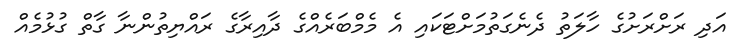
އަދި ރަށްރަށުގެ ހާލަތު ދެނެގަތުމަށްޓަކައި އެ މެމްބަރެއްގެ ދާއިރާގެ ރައްޔިތުންނާ ގާތް ގުޅުމެއް